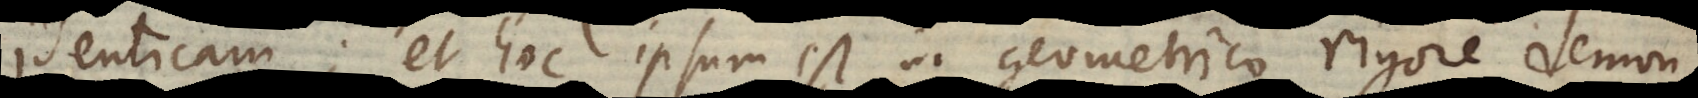
identicam; et hoc ipsum est in geometrico rigore demon